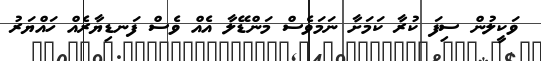
ވަކީލުން ސިފަ ކުރާ ކަމަށާ ނަމަވެސް މަންޑޭލާ އެއް ވެސް ފަނޑިޔާރެއް ހައްޔަރު